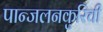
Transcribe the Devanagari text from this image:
पान्जलनकुरिची